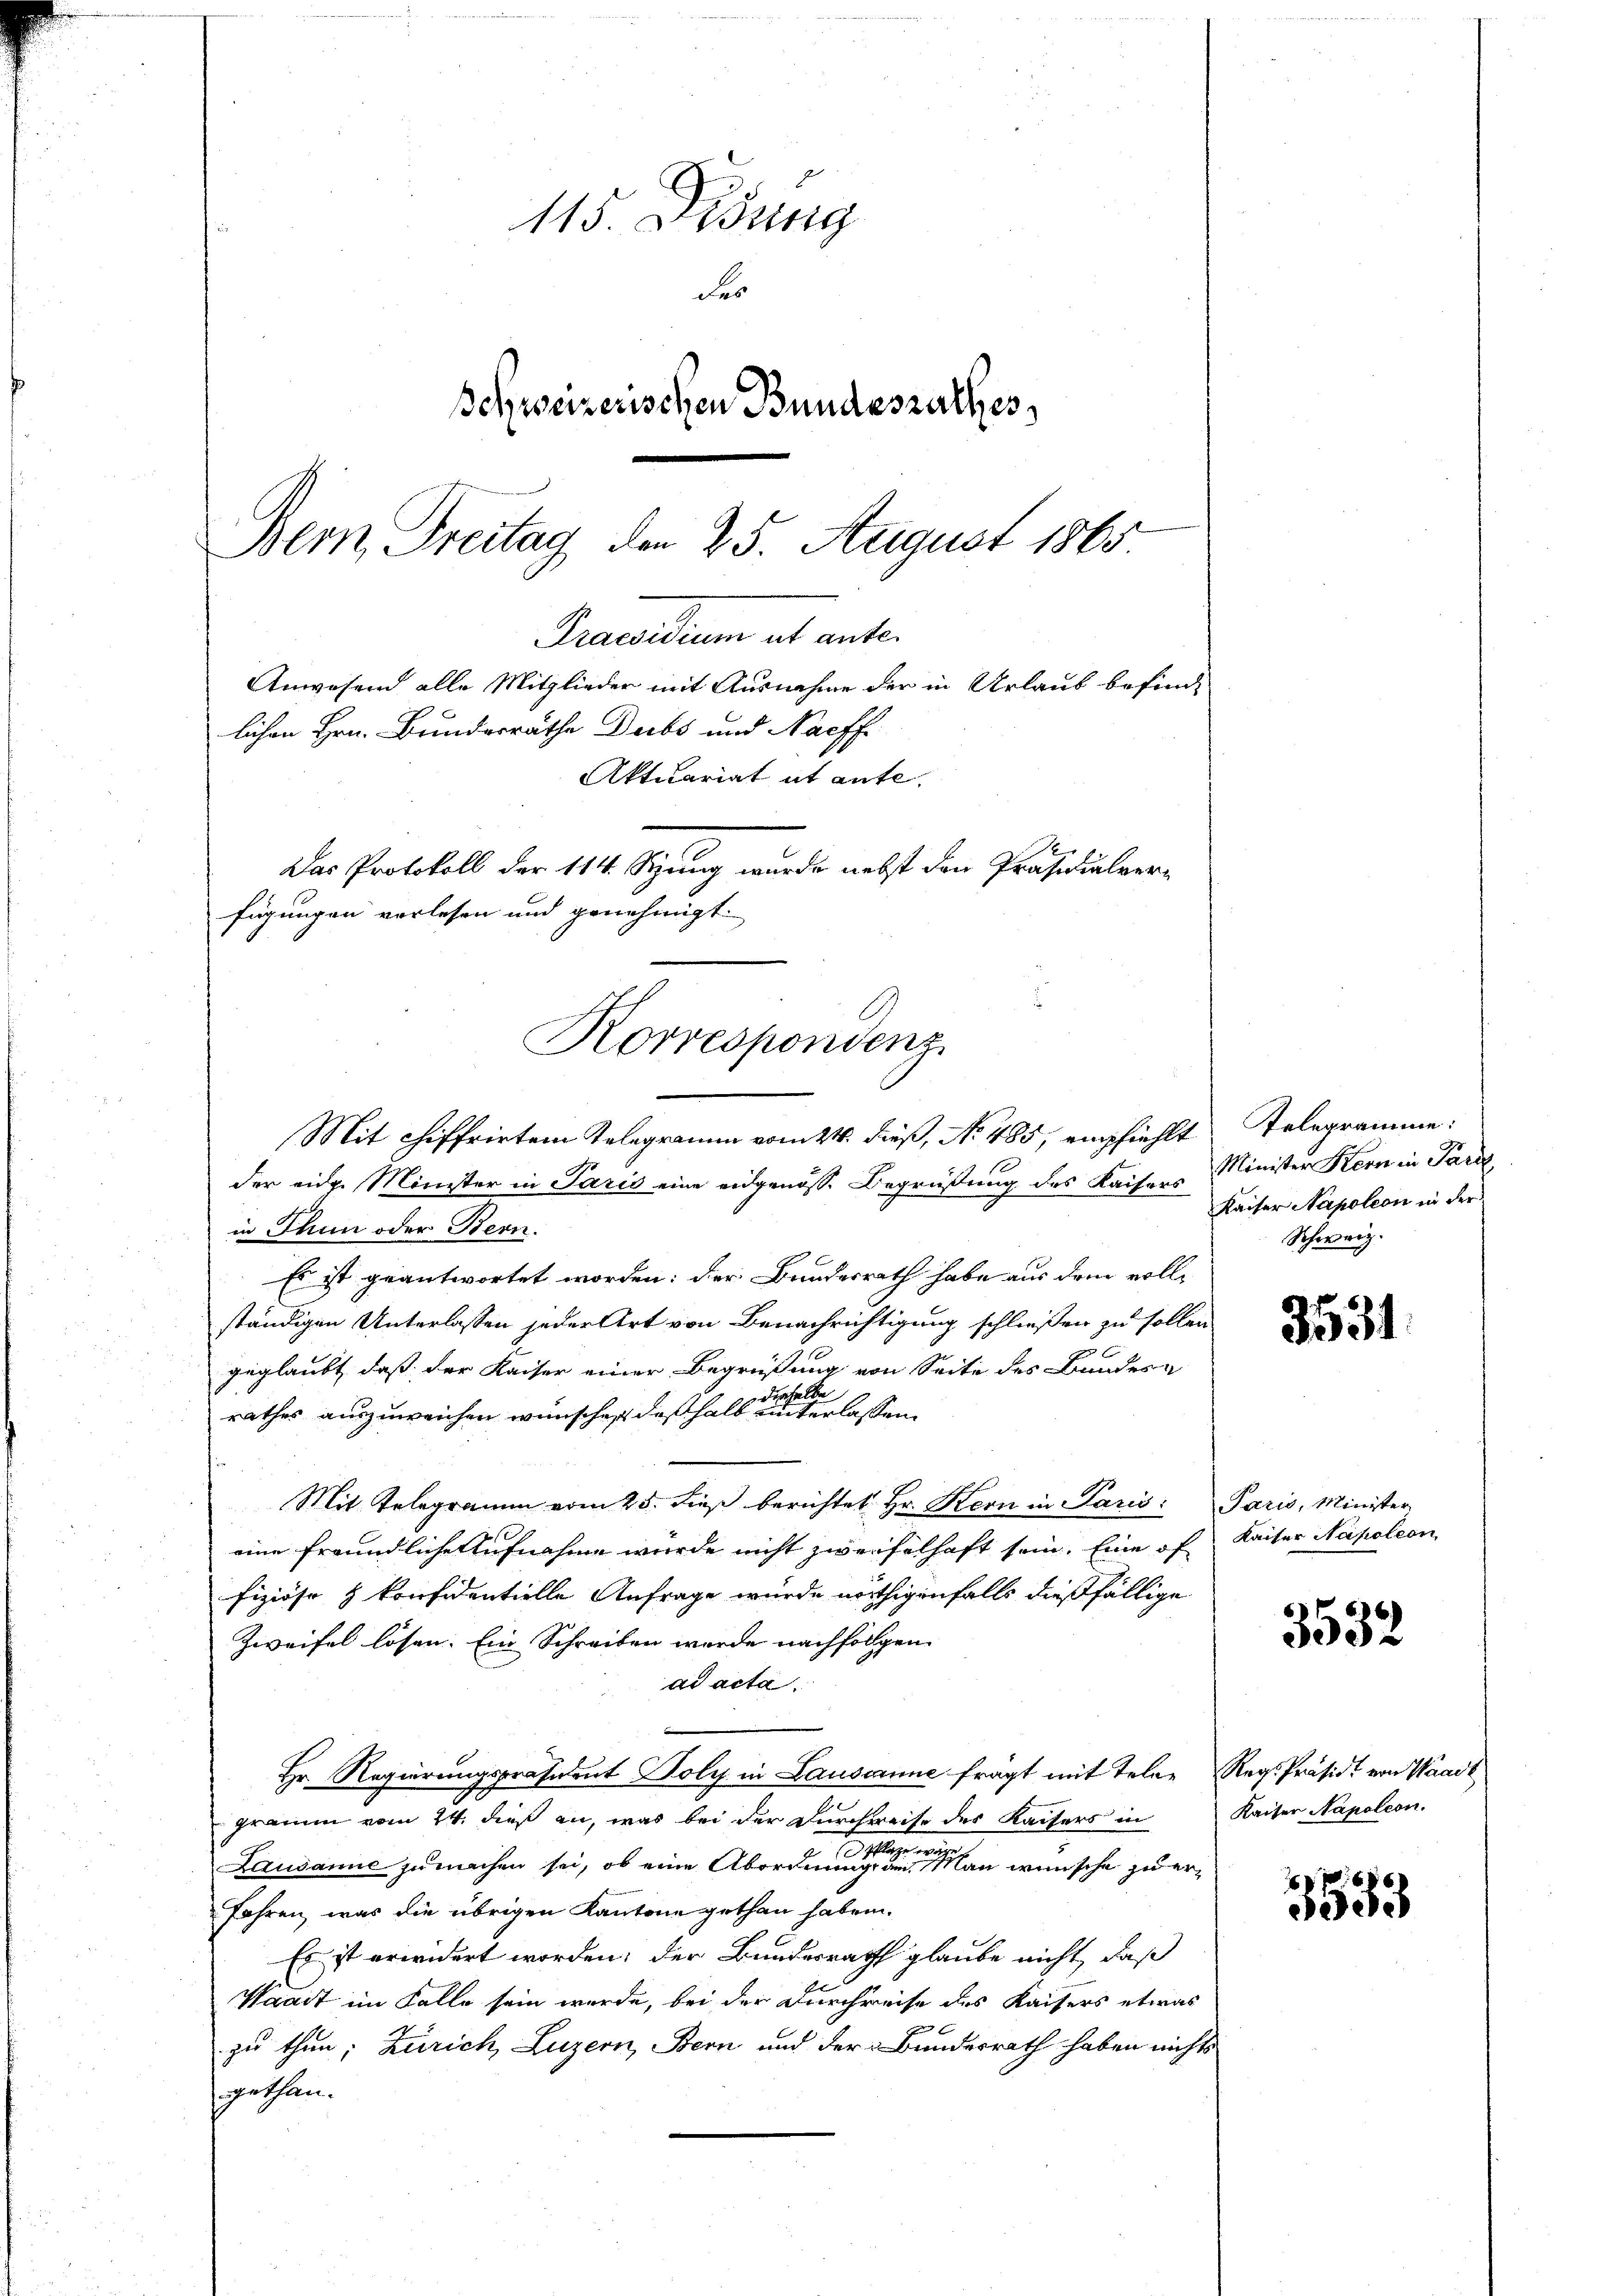
115. Disung
des
Schweizerischen Bundesrathes,
Bern, Freitag den 25. August 1865.
Praesidium ab ante.
Anwesend alle Mitglieder mit Ausnahme der in Urlaub befind-
lichen Hrn. Bundesräthe Dubs und Nachf
Aktuariat ut aufe
Das Protokoll der 114. Stung wurde nebst den Präsidialverfügungen verlesen und genehmigt.
Korrespondenz

Mit chiffrirten Telegramm vom 24. dieß, No. 485, empfiehlt

der eine Minister in Paris eine eidgenösse Begrüßung des Kaisers Minister Kern in Paris
in Thun oder Bern.
Es ist geantwortet worden; der Bundesrath habe aus dem vollständigen Unterlassen jeder Art von Benachrichtigung schließen zu sollen
geglaubt, daß der Kaiser einer Begrüßung von Seite des Bundern
dieselbe
rathes auszuweichen wünschen deßhalb unterlassen
Mit Telegramm vom 25. dieß berichtet Hr. Kern in Paris: Paris, Minister
eine freundliche Aufnahme wurde nicht zweifelhaft sein. Eine of
fiziöse & konfidentielle Anfrage wurde nöthigenfalls dießfällige
Zweifel lösen. Ein Schreiben wurde nachfolgen
ad acta
Hr. Regierungspräsident Poly in Lausanne fragt mit Teler Regs-Präsidt von Waadt
gramm vom 24. dieß an, was bei der Durchweise des Kaisers in
Pflege
n
u
Lausanne zu machen sei, ob eine Abordnung an Man wünsche zu er¬
Jahren, was die übrigen Kantone gethan haben.
Es ist erwidert worden; der Bundesrath glaube nicht, daß
Waadt im Falle sein werde, bei der Durchreise des Kaisers etwas
zu thun; Zürich, Luzern, Bern und der Bundesrath haben nichts
sgethan.

Telegramme:
2
Kaiser Napoleon in der
Schweiz.

3531.

Kaiser Napoleon

3532

Kaiser Napoleon.

3553